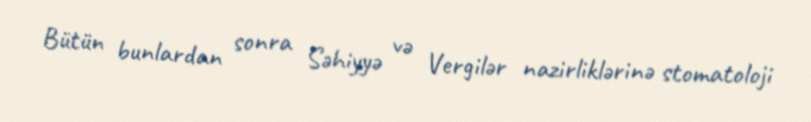
Bütün bunlardan sonra Səhiyyə və Vergilər nazirliklərinə stomatoloji